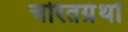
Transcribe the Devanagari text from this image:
चरितग्रंथों